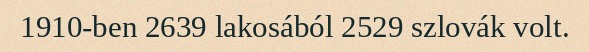
1910-ben 2639 lakosából 2529 szlovák volt.